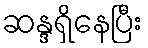
ဆန္ဒရှိနေပြီး